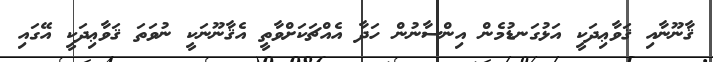
ޤާނޫނާއި ޤަވާޢިދަކީ އަޅުގަނޑުމެން އިންސާނުން ހަދާ އެއްޗަކަަށްވާތީ އެޤާނޫނަކީ ނުވަތަ ޤަވާޢިދަކީ އޭގައި